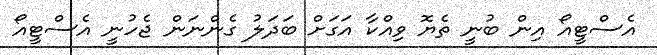
އެސްޓީއޯ އިން ބުނީ ތެޔޮ ވިއްކާ އަގަށް ބަދަލު ގެންނަން ޖެހުނީ އެސްޓީއޯ